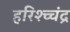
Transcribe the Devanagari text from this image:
हरिश्च्चंद्र